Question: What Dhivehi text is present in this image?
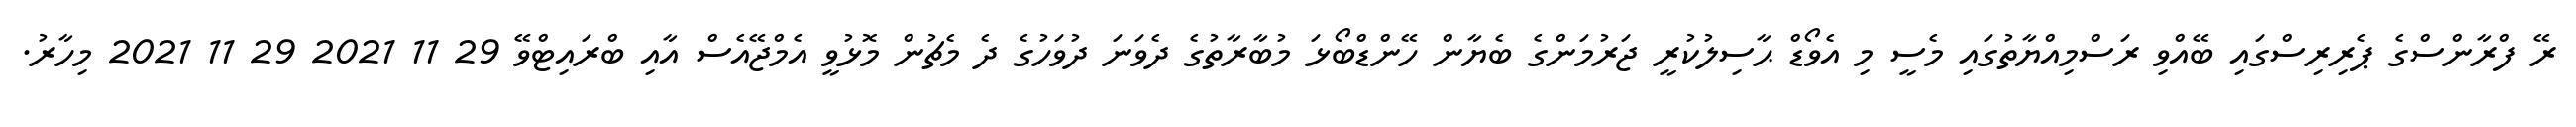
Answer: ރޭ ފްރާންސްގެ ޕެރިރިސްގައި ބޭއްވި ރަސްމިއްޔާތުގައި މެސީ މި އެވޯޑް ޙާސިލުކުރީ ޖަރުމަންގެ ބެޔާން ހޭންޑްބޯޅަ މުބާރާތުގެ ދެވަނަ ދުވަހުގެ ދެ މެޗުން މޮޅުވީ އެމްޖޭއެސް އާއި ބްރައިޓްވޭ 29 11 2021 29 11 2021 މިހާރު.